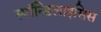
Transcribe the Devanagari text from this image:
स्पाॅन्डिलाइसिस